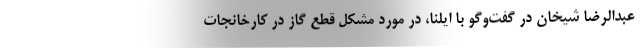
عبدالرضا شیخان در گفت‌وگو با ایلنا، در مورد مشکل قطع گاز در کارخانجات